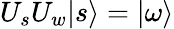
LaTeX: U_{s}U_{w}|s\rangle=|\omega\rangle